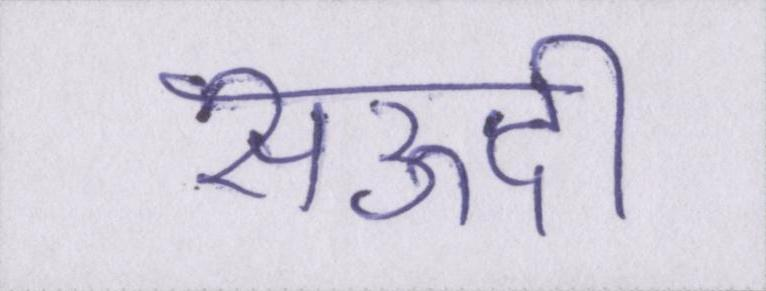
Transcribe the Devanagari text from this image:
सऊदी